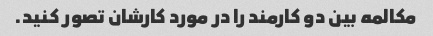
مکالمه بین دو کارمند را در مورد کارشان تصور کنید.